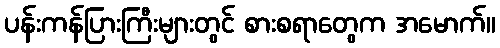
ပန်းကန်ပြားကြီးများတွင် စားစရာတွေက အမောက်။